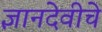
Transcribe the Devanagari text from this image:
ज्ञानदेवीचे